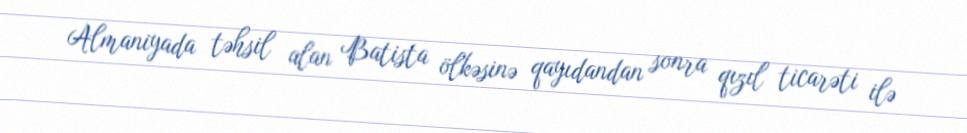
Almaniyada təhsil alan Batista ölkəsinə qayıdandan sonra qızıl ticarəti ilə